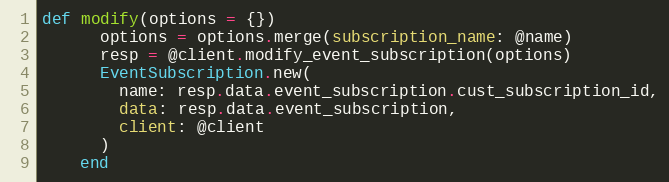
Language: Ruby
def modify(options = {})
      options = options.merge(subscription_name: @name)
      resp = @client.modify_event_subscription(options)
      EventSubscription.new(
        name: resp.data.event_subscription.cust_subscription_id,
        data: resp.data.event_subscription,
        client: @client
      )
    end